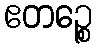
ဧတဉ္စေ